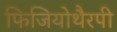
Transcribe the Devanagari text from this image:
फिजियोथैरपी